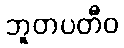
ဘူတပတီဝ